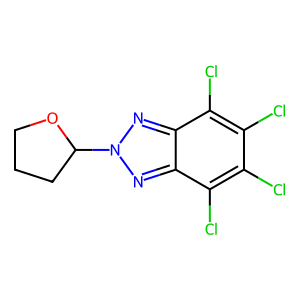
SMILES: Clc1c(Cl)c(Cl)c2nn(C3CCCO3)nc2c1Cl
Inhibits HIV replication: No